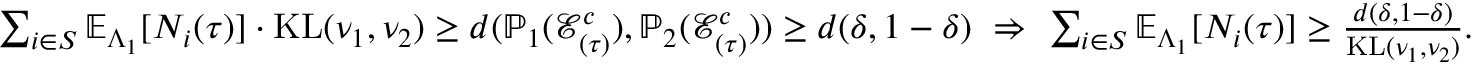
\begin{array} { r l } & { \sum _ { i \in S } \mathbb { E } _ { \Lambda _ { 1 } } [ N _ { i } ( \tau ) ] \cdot \mathrm { K L } ( \nu _ { 1 } , \nu _ { 2 } ) \ge d ( \mathbb { P } _ { 1 } ( \mathcal { E } _ { ( \tau ) } ^ { c } ) , \mathbb { P } _ { 2 } ( \mathcal { E } _ { ( \tau ) } ^ { c } ) ) \ge d ( \delta , 1 - \delta ) ~ \Rightarrow ~ \sum _ { i \in S } \mathbb { E } _ { \Lambda _ { 1 } } [ N _ { i } ( \tau ) ] \ge \frac { d ( \delta , 1 - \delta ) } { \mathrm { K L } ( \nu _ { 1 } , \nu _ { 2 } ) } . } \end{array}